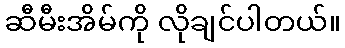
ဆီမီးအိမ်ကို လိုချင်ပါတယ်။